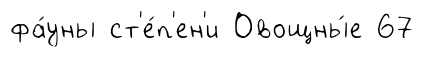
фа́уны ст'е́п'ен'и Овощны́е 67